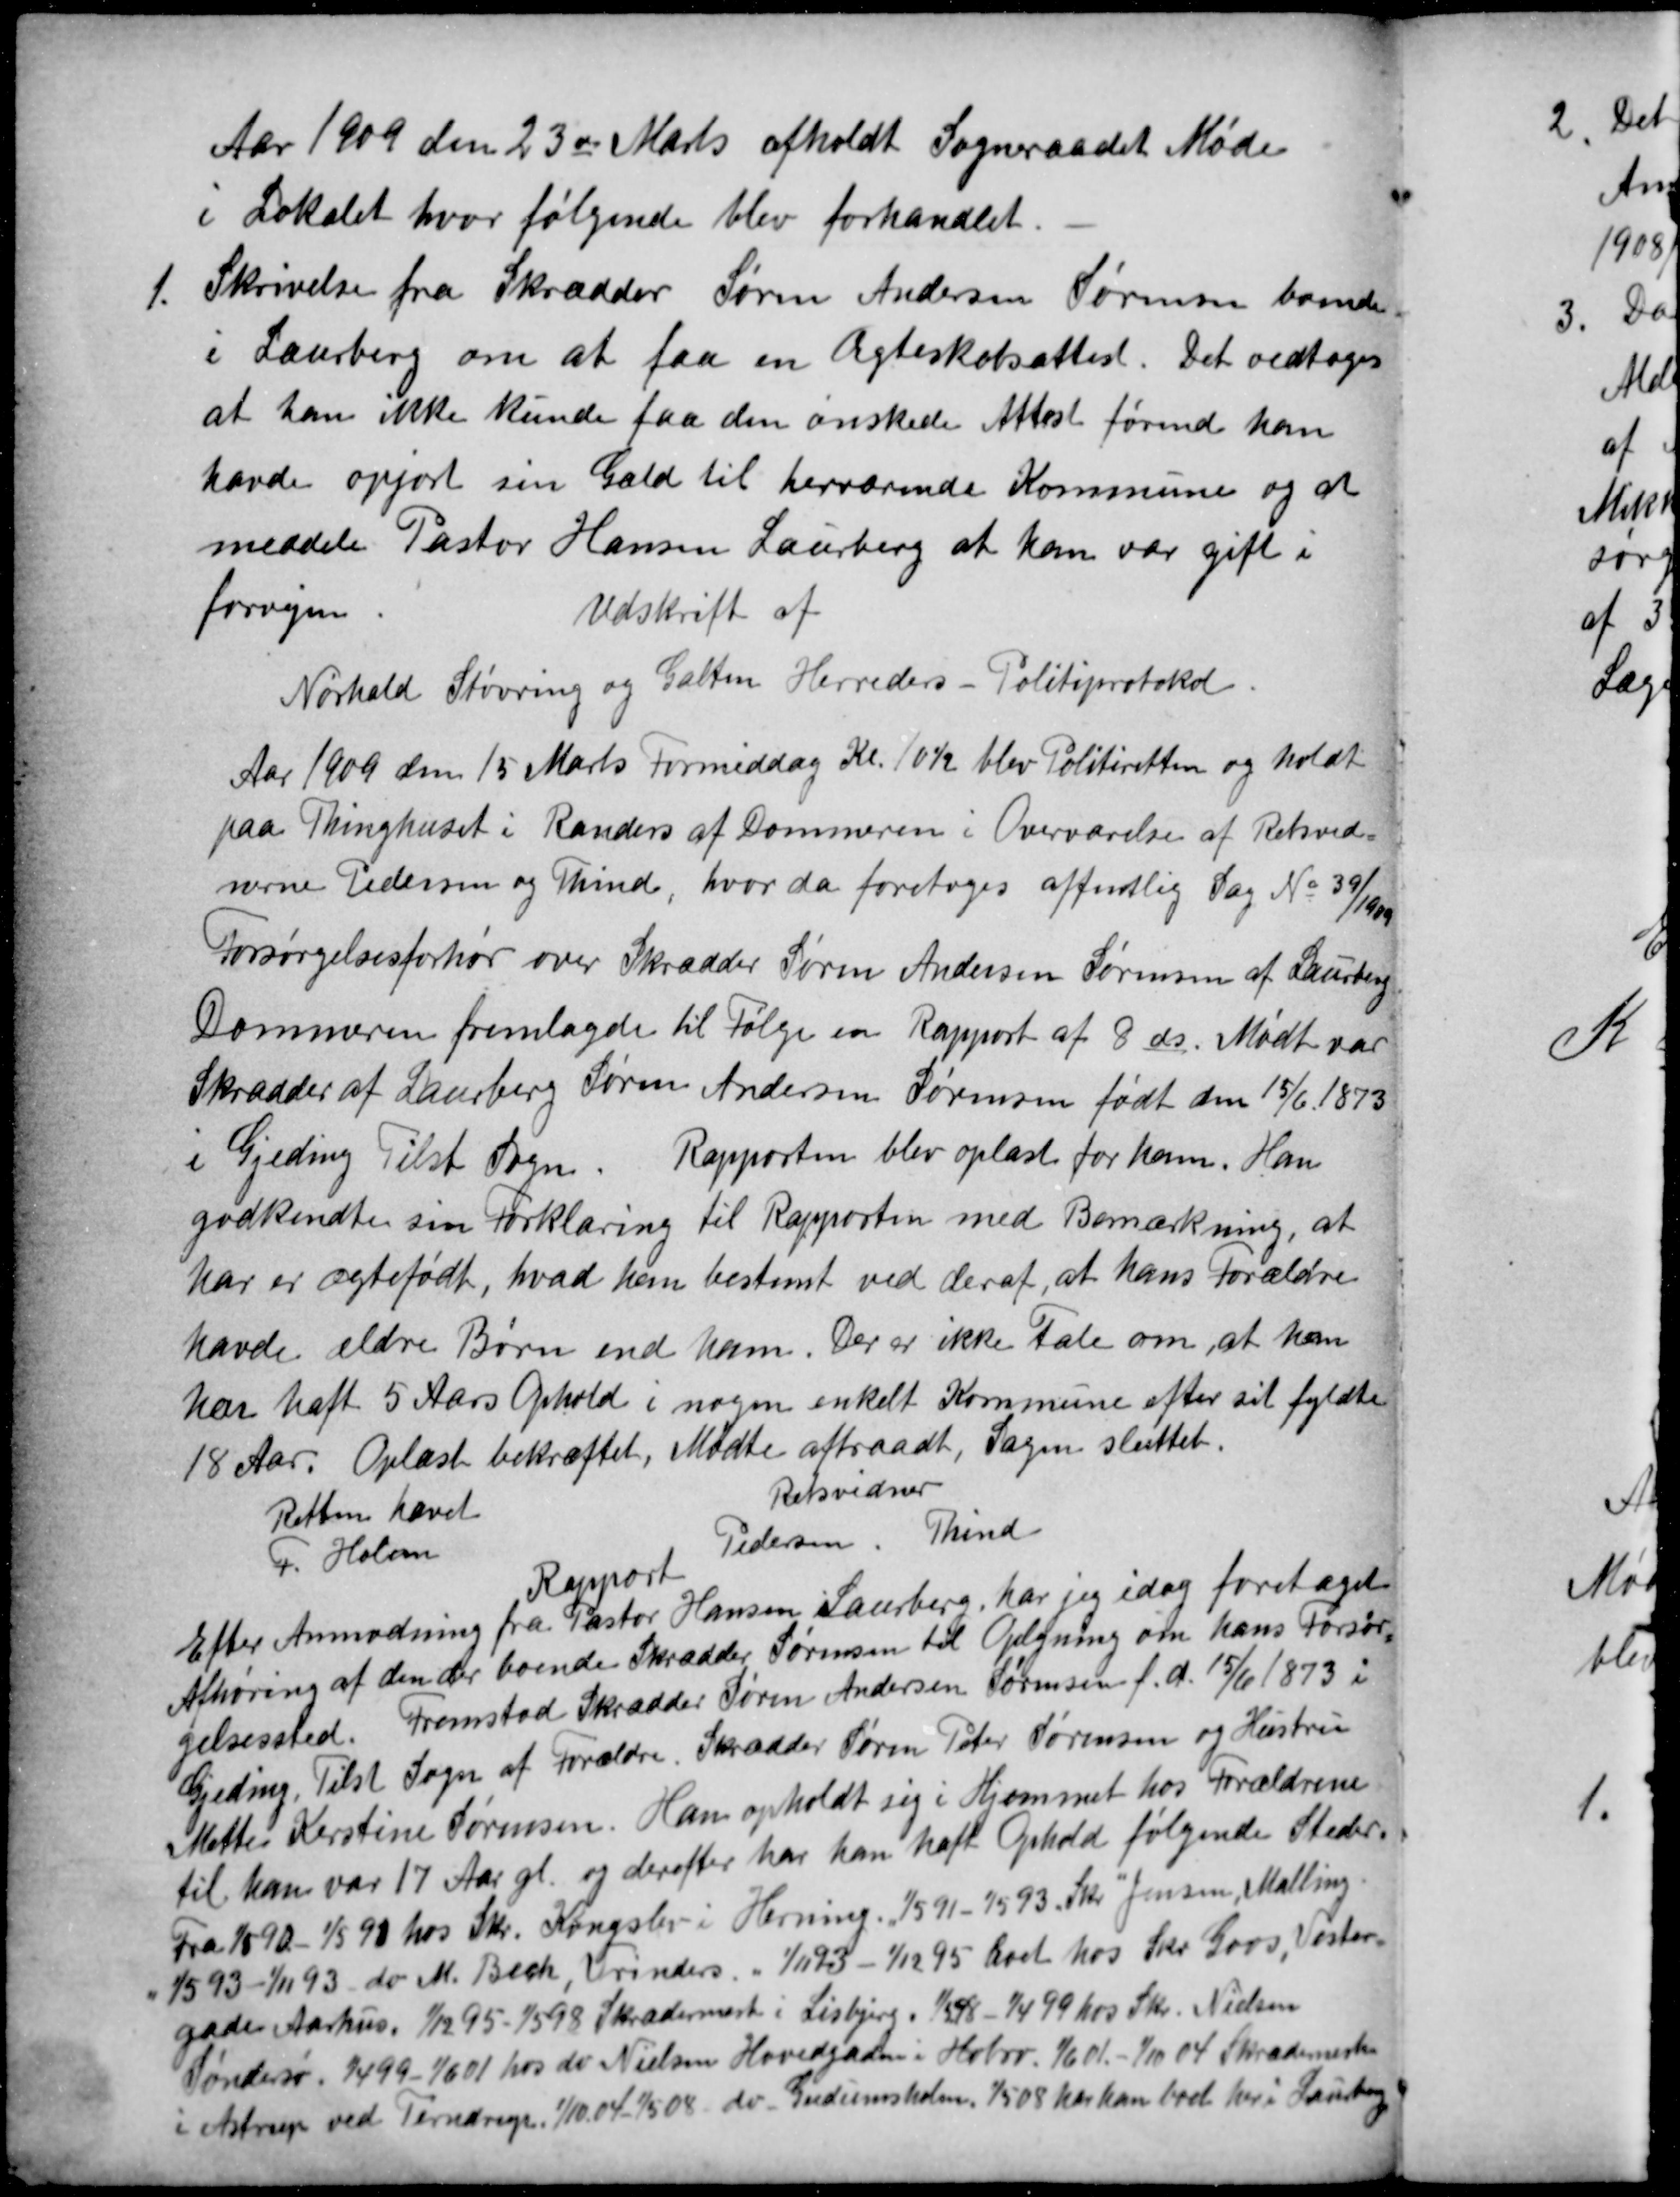
Transskription:
Aar 1909 den 23de Marts afholdt Sogneraadet Møde
i Lokalet hvor følgende blev forhandlet.
1.
Skrivelse fra Skrædder Søren Andersen Sørensen boende
i Laurberg om at faa en Ægteskabsattest. Det vedtoges
at han ikke kunde faa den ønskede Attest førend han
havde opjort sin Gæld til herværende Kommune og at
meddele Pastor Hansen Laurberg at han var gift i
forvejen.
Udskrift af
Nørhald Støvring og Galten Herreders - Politiprotokol.
Aar 1909 den 15 Marts Formiddag Kl. 10½ blev Politiretten og holdt
paa Thinghuset i Randers af Dommeren i Overværelse af Retsvid-
nerne Pedersen og Thind, hvor da foretoges offentlig Sag № 39/1909
Forsørgelsesforhør over Skrædder Søren Andersen Sørensen af Laurberg
Dommeren fremlagde til Følge en Rapport af 8 ds. Mødt var
Skrædder af Laurberg Søren Andersen Sørensen født den 15/6 1873
i Gjeding Tilst Sogn. Rapporten blev oplæst for ham. Han
godkendte sin Forklaring til Rapporten med Bemærkning, at
har er ægtefødt, hvad han bestemt ved deraf, at hans Forældre
havde ældre Børn end ham. Der er ikke tale om, at han
har haft 5 Aars Ophold i nogen enkelt Kommune efter sit fyldte
18 Aar. Oplæst bekræftet, Mødte aftraadt, Sagen sluttet.
Retten hævet
Retsvidner
F. Holm
Pedersen
Thind
Rapport
Efter Anmodning fra Pastor Hansen Laurberg, har jeg idag foretaget
Afhøring af den der boende Skrædder Sørensen til Oplysning om hans Forsør-
gelsessted. Fremstod Skrædder Søren Andersen Sørensen f. d. 15/6 1873 i
Gjeding, Tilst Sogn af Forældre. Skrædder Søren Peter Sørensen og Hustru
Mette Kirstine Sørensen. Han opholdt sig i Hjemmet hos Forældrene
til han var 17 Aar gl. og derefter har han haft Ophold følgende Steder.
Fra 1/5 90 - 1/5 91 hos Skr. Kongslev i Herning. 1/5 91 - 1/5 93. Skr. Jensen, Malling.
1/5 93 - 1/11 93 do M. Bech, Vrinders. - 1/11 93 - 1/12 95 boet hos Skr. Goos, Vester-
gade Aarhus, 1/12 95 - 1/5 98 Skrædermester i Lisbjerg. 1/5 98 - 1/4 99 hos Skr. Nielsen
Søndersø. 1/4 99-1/6 01 hos do Nielsen Hovedgaden i Hobro. 1/6 01 - 1/10 04 Skrædermester
i Astrup ved Terndrup 1/10 04 - 1/5 08 do. Gudumsholm. 1/5 08 har han boet her i Laurberg